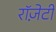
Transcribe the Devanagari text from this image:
रॉज़ेटी